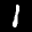
Label: 1